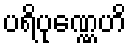
ပရိပုဏ္ဏေဟိ